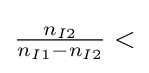
{\tfrac {n_{I2}}{n_{I1}-n_{I2}}}<